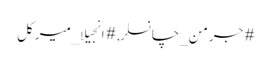
#جرمن_چانسلر, #انجیلا_میرکل